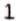
1